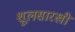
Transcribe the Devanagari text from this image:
शूलसारखी